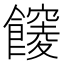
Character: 𩟒